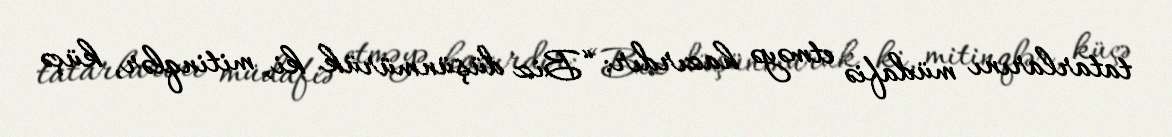
tatarlarını müdafiə etməyə hazırdır: “Biz düşünmürük ki, mitinqlər, küçə